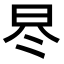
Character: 𣅭